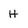
Character: H